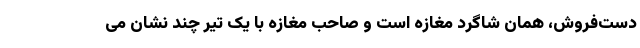
دست‌فروش، همان شاگرد مغازه است و صاحب مغازه با یک تیر چند نشان می